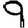
Digit: 9